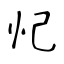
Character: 忋